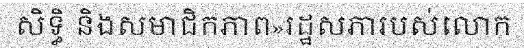
សិទ្ធិ និងសមាជិកភាព»រដ្ឋសភារបស់លោក